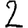
Digit: 2